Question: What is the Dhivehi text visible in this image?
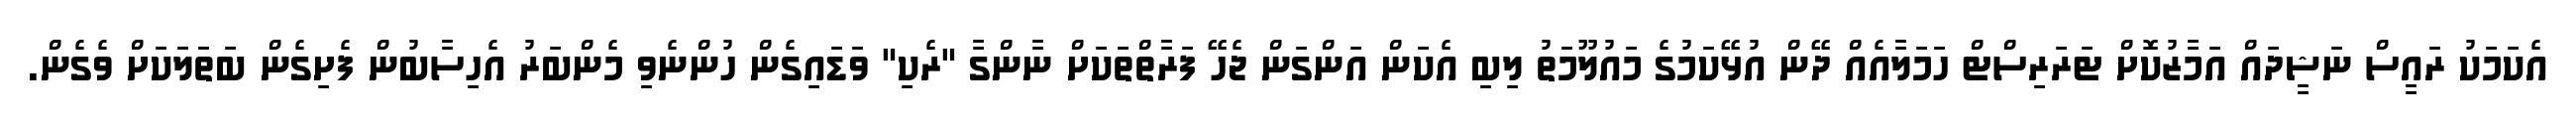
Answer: އެކަމަކު ރައީސް ނަޝީދައް އަމާޒުކޮށް ޓަރަރިސްޓް ހަމަލާއެއް ދޭން އުޅޭކަމުގެ މައުލޫމަތު ލިބި އެކަން އަންގަން ޖެހޭ ފަރާތްތަކަށް ނާންގާ "ރެކި" ވަޑައިގެން ހުންނެވި މެންބަރު އެހިސާބުން ފެށިގެން ބަތަލަކަށް ވެގެން.